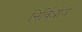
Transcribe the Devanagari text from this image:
निर्विधाय